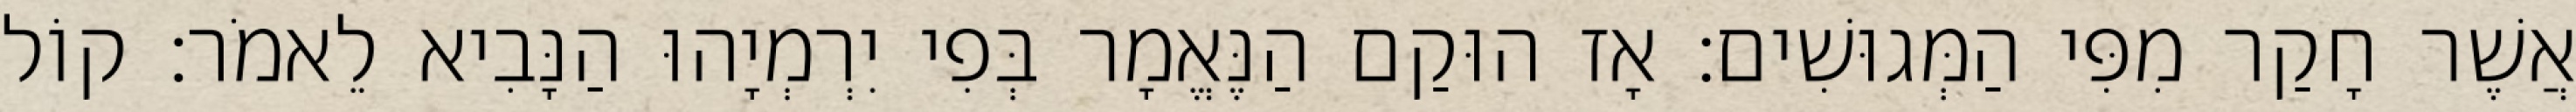
אֲשֶׁר חָקַר מִפִּי הַמְּגוּשִׁים׃ אָז הוּקַם הַנֶּאֱמָר בְּפִי יִרְמְיָהוּ הַנָּבִיא לֵאמֹר׃ קוֹל